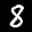
Label: 8